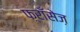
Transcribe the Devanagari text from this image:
फ़्राँसेज़